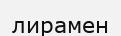
лирамен